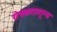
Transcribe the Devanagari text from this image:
रोचकताशून्य